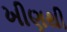
ખીણથી